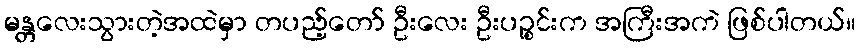
မန္တလေးသွားတဲ့အထဲမှာ တပည့်တော် ဦးလေး ဦးပဉ္စင်းက အကြီးအကဲ ဖြစ်ပါတယ်။